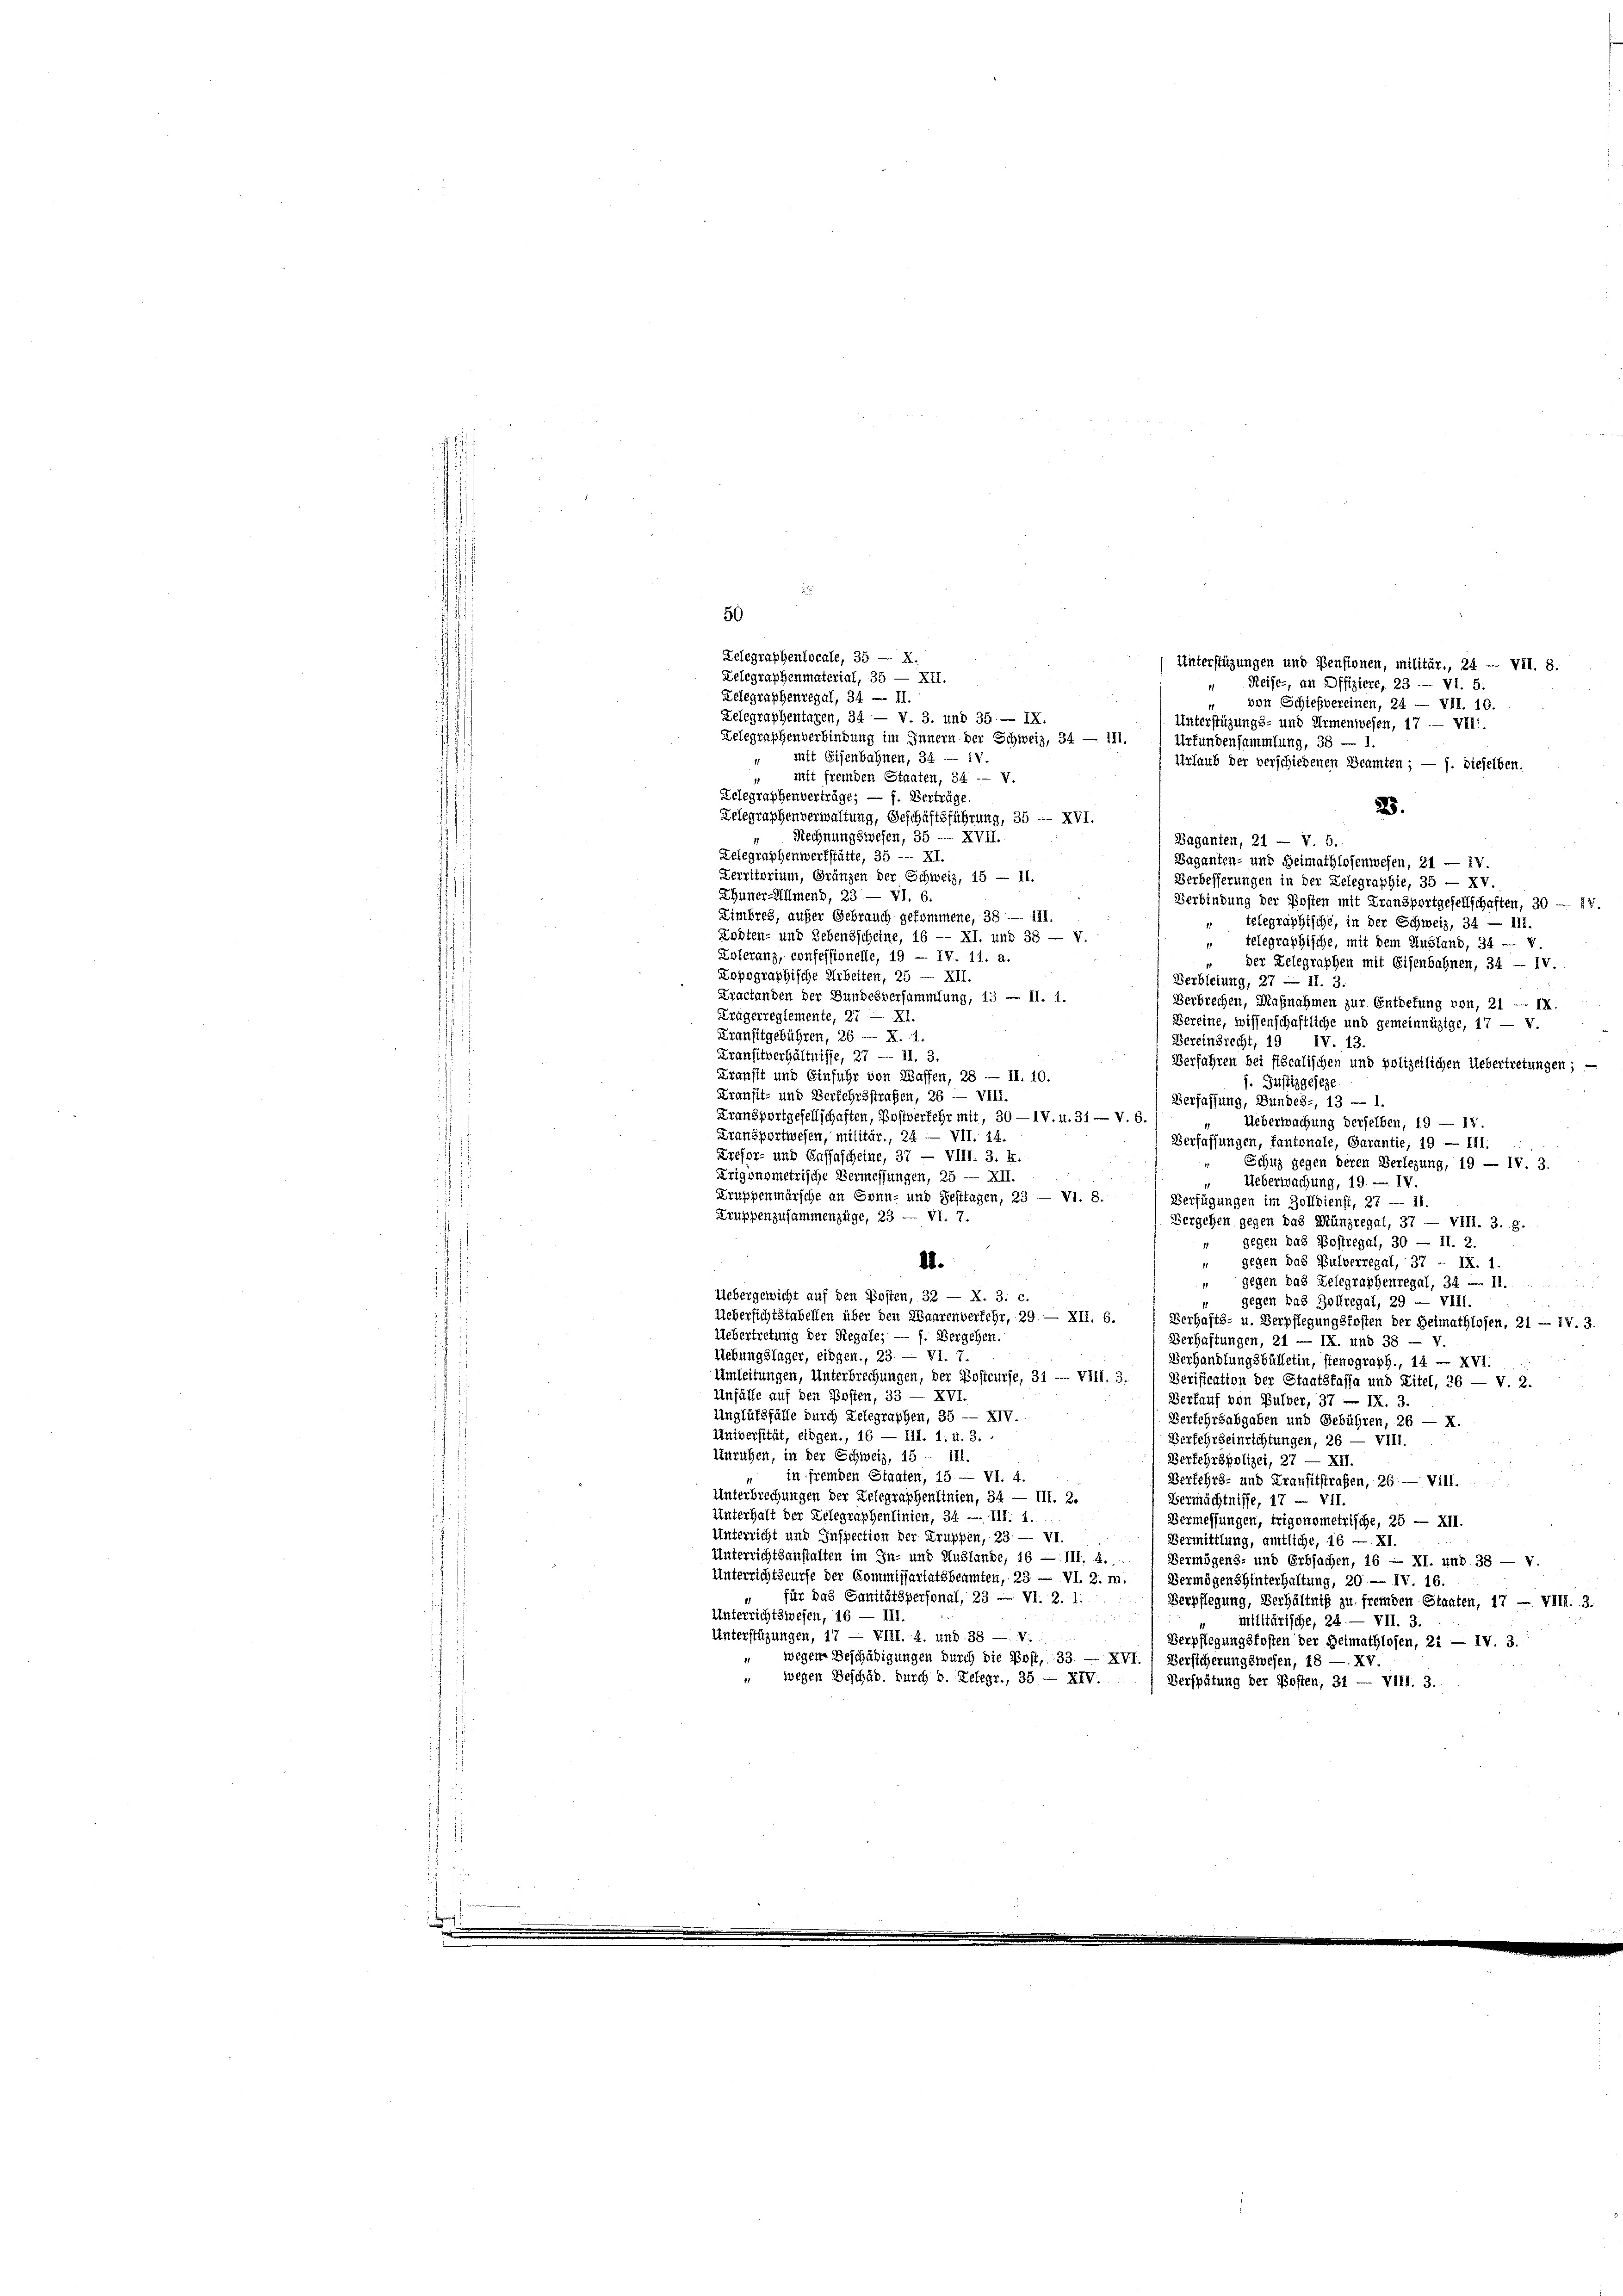
Reifer, an Offiziere, 23. — VI. 5.
von Schiefbereinen, 24 — VII. 10.
11
Unterstützungs- und Armenwesen, 17. — VII.
Zelegraphenverbindung im Innern der Schweiz, 34 — 111.
Urfundensammlung, 38 — 1.
“ mit Eisenbahnen, 34. IV.
Urlaub der verschiedenen Beamten; — f. dieselben.
" mit fremden Staaten, 34 - V.
Zelegraphenverträge; — f. Verträge.
23.
Zelegraphenverwaltung, Geschäftsführung, 35 - XVI.
Rechnungswesen, 35 — XVII.
Baganten, 21 — V. 5.
Lelegraphenwerkstätte, 35 — XI.
Baganten- und Heimathlosenwesen, 21 — iv
Derritorium, Gränzen der Schweiz, 15 — 11.
Verbesserungen in der Delegraphie, 35 — XV.
Ehuner-Allmend, 23 — VI. 6.
Verbindung der Posten mit Fransportgesellschaften, 30 — 17.
Limbres, außer Gebrauch gekommene, 38 - 111.
telegraphische, in der Schweiz, 34 — 111.
Kosten- und Lebensscheine, 16 — XI. und 38 — V.
" telegraphische, mit dem Ausland, 34 — v.
Zoleranz, confessionelle, 19 — IV. 11. a
der Telegraphen mit Eisenbahnen, 34 — IV.
Lopographische Arbeiten, 25 — XII.
Berbietung, 27 — 11. 3.
Kractanden der Bundesversammlung, 13 — II. 1
Verbrechen, Magnahmen zur Entdefung von, 21 — IX.
Krägerreglemente, 27 — XI.
Bereine, wissenschaftliche und gemeinnüzige, 17 — v.
Kransitgebühren, 26 — X. 11.
Bereinbrecht, 19 IV. 13.
Transitverhältnisse, 27 — 11. 3.
Verfahren bei fiscalischen und polizeilichen Uebertretungen; —
Kransit und Einfuhr von Waffen, 28 — II. 10.
. Justizgeseze
Kransit- und Verfehrsstrafen, 26 — VIII.
Verfassung, Bundes-, 13 — 1.
Fransportgesellschaften, Postverfehr mit, 30 — IV. v. 31 — V. 6
Ueberwachung derselben, 19 — 18.
Fransportwesen, militär., 24 — VII. 14.
Verfassungen, fantonale, Sarantie, 19 — III.
Krefor- und Cassascheine, 37 — VIII. 3. k.
Schuz gegen deren Verlegung, 19 — IV. 3.
Krigonometrische Vermessungen, 25 — XII.
 Ueberwachung, 19. IV.
Truppenmärsche an Sonn- und Festtagen, 23 — VI. 8.
Verfügungen im Zolldienst, 27 — 11.
Kruppenzusammenzüge, 23 — VI. 7.
Vergehen gegen das Münzregal, 37 — VIII. 3. g.
" gegen das Postregal, 30 — II. 2.
 gegen das Pulverregal, 37 - IX. 1
4.
" gegen das Telegraphenregal, 34 — II.
Uebergewicht auf den Posten, 32 — X. 3. c.
gegen das Zollregal, 29 — VIII.
Uebersichtstabellen über den Waarenverfehr, 29. — XII. 6.
Berhafts- u. Verpflegungskosten der Heimathlosen, 21. — IV. 3
Uebertretung der Regale; — f. Vergehen.
Verhaftungen, 21 — IX. und 38 — V.
Uebungslager, eidgen., 23. — VI. 7.
Verhandlungsbülletin, stenograph., 14 — XVI.
Umleitungen, Unterbrechungen, der Postcurse, 31 — Vill. 3.) Verification der Staatsfassa und Eitel, 26 — v. 2.
Unfälle auf den Posten, 33 — XVI.
Verkauf von Bulber, 37 – IX. 3.
Unglüksfälle durch Zelegraphen, 35 — XIV.
Verfehrzabgaben und Gebühren, 26 — X.
Universität, eingen., 16 — III. 1. u. 3.
Verfehrseinrichtungen, 26 — VIII.
Unruhen, in der Schweiz, 15 — III.
Berfehrspolizei, 27 — XII.
" in fremden Staaten, 15. — VI. 4.
Verfehrs- und Transitstrafen, 26 — Vill.
Unterbrechungen der Telegraphenlinien, 34 — III. 2.
Vermächtnisse, 17 u. VII.
Unterhalt der Telegraphenlinien, 34. — III. 1.
Vermessungen, trigonometrische, 25 — XII.
Unterricht und Inspection der Gruppen, 23 — VI.
Vermittlung, amtliche, 16 — XI.
Unterrichtsanstalten im In- und Auslände, 16 — III. 4.
Vermögens- und Erbsachen, 16 — XI. und 38 — V.
Unterrichtskurse der Commissariatsbeamten, 23 — VI. 2. m.
Vermögen hinterhaltung, 20. — IV. 16.
für das Sanitätspersonal, 23 — VI. 2. 1.
Verpflegung, Verhältniß zu fremden Staaten, 17 — VIII. 3.
Unterrichtswesen, 16 — III.
militärische, 24. — VII. 3.
Unterstüzungen, 17 — VIII. 4. und 38 — V.
Verpflegungskosten der Heimathlosen, 21 — IV. 3.
wegen Beschädigungen durch die Post, 33 - XVI. Versicherungswesen, 18 — XV.
 wegen Beschäd. Durch d. Relegr., 35 - XIV.
Verspätung der Posten, 31 — VIII. 3.

.
50
Zelegraphenlocale, 35 — X.
Lelegraphenmaterial, 35 — XII.
Telegraphenregal, 34 — II.
Zelegraphentaren, 34. — V. 3. und 35 — IX.

Unterstüzungen und Pensionen, militär., 24 — Vil. 8.